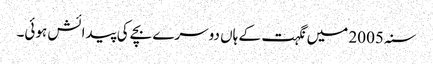
سنہ 2005 میں نگہت کے ہاں دوسرے بچے کی پیدائش ہوئی۔